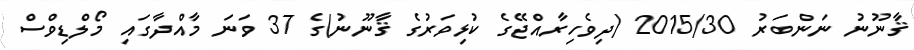
ޤާނޫނު ނަންބަރު 2015/30 (ދިވެހިރާއްޖޭގެ ކުޅިވަރުގެ ޤާނޫނު)ގެ 37 ވަނަ މާއްދާގައި މޯލްޑިވްސް